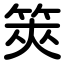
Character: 筴